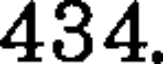
434.